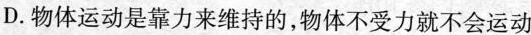
D.物体运动是靠力来维持的，物体不受力就不会运动